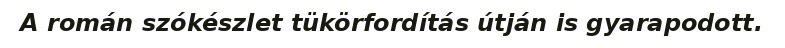
A román szókészlet tükörfordítás útján is gyarapodott.